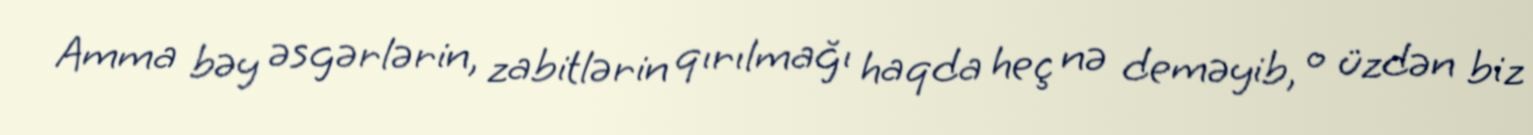
Amma bəy əsgərlərin, zabitlərin qırılmağı haqda heç nə deməyib, o üzdən biz